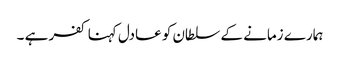
ہمارے زمانے کے سلطان کو عادل کہنا کفر ہے ۔